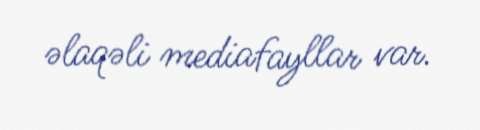
əlaqəli mediafayllar var.